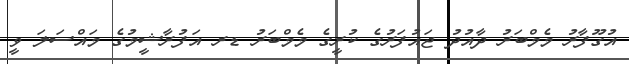
އުގޫފާރު މެމްބަރު ދާއުދު ޖައުފަރުގެ ކުރީގެ މެމްބަރު ޑރ އަފުރާޝީމުގެ މައްސަލަ ވީ